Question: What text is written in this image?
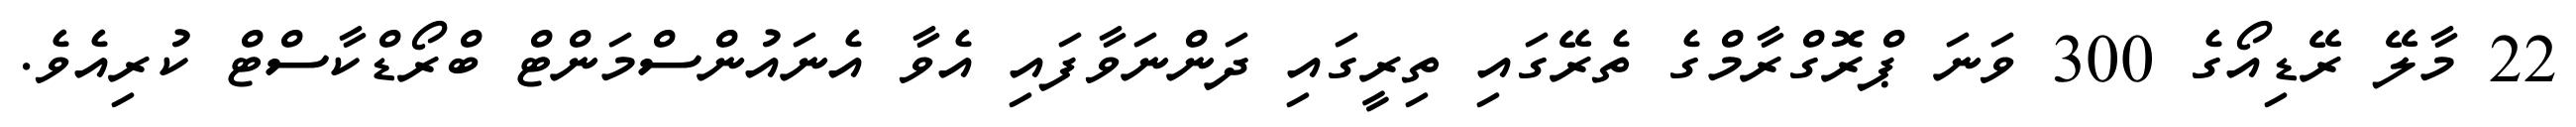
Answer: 22 މާލޭ ރޭޑިއޯގެ 300 ވަނަ ޕްރޮގްރާމްގެ ތެރޭގައި ތިރީގައި ދަންނަވާފައި އެވާ އެނައުންސްމަންޓް ބްރޯޑްކާސްޓް ކުރިއެވެ.